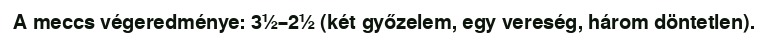
A meccs végeredménye: 3½–2½ (két győzelem, egy vereség, három döntetlen).